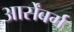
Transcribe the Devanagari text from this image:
आर्सेंबर्ग